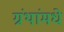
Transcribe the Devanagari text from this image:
ग्रंथांमधे